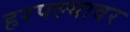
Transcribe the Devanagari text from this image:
हरपल्यावर